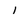
Character: 1